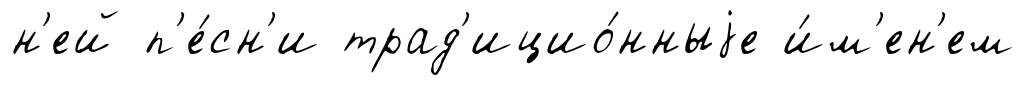
н'ей п'е́сн'и трад'ицио́нныjе и́м'ен'ем